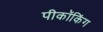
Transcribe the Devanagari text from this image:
पीकॉकिंग